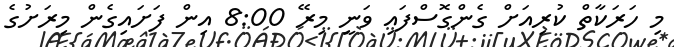
މި ހަރަކާތް ކުރިއަށް ގެންގޮސްފައި ވަނީ މިރޭ 8:00 އިން ފަށައިގެން މިރަށުގެ